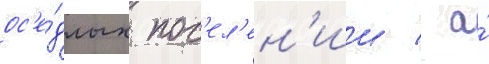
ос'е́длых пос'ел'ен'ии / а́